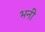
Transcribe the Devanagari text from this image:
भनी